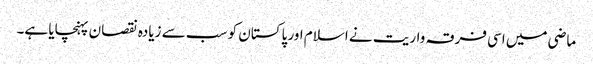
ماضی میں اسی فرقہ واریت نے اسلام اور پاکستان کو سب سے زیادہ نقصان پہنچایا ہے۔